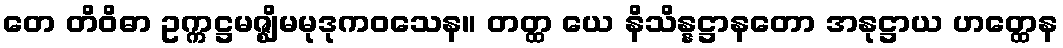
တေ တိဝိဓာ ဥက္ကဋ္ဌမဇ္ဈိမမုဒုကဝသေန။ တတ္ထ ယေ နိသိန္နဋ္ဌာနတော အနုဋ္ဌာယ ဟတ္ထေန